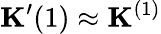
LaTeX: \mathbf{K}^{\prime}{(1)}\approx\mathbf{K}^{(1)}